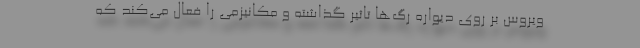
ویروس بر روی دیواره رگ‌ها تاثیر گذاشته و مکانیزمی را فعال می‌کند که